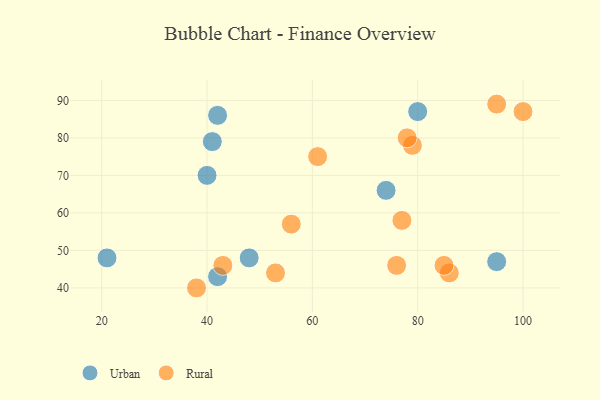
{"axis": {"x": "GDP", "y": "Life Expectancy"}, "legend": ["Rural", "Urban"], "data": [{"x": "48", "y": 48, "type": "Urban"}, {"x": "95", "y": 47, "type": "Urban"}, {"x": "40", "y": 70, "type": "Urban"}, {"x": "80", "y": 87, "type": "Urban"}, {"x": "21", "y": 48, "type": "Urban"}, {"x": "74", "y": 66, "type": "Urban"}, {"x": "41", "y": 79, "type": "Urban"}, {"x": "42", "y": 86, "type": "Urban"}, {"x": "42", "y": 43, "type": "Urban"}, {"x": "61", "y": 75, "type": "Rural"}, {"x": "79", "y": 78, "type": "Rural"}, {"x": "56", "y": 57, "type": "Rural"}, {"x": "78", "y": 80, "type": "Rural"}, {"x": "53", "y": 44, "type": "Rural"}, {"x": "86", "y": 44, "type": "Rural"}, {"x": "76", "y": 46, "type": "Rural"}, {"x": "77", "y": 58, "type": "Rural"}, {"x": "95", "y": 89, "type": "Rural"}, {"x": "38", "y": 40, "type": "Rural"}, {"x": "100", "y": 87, "type": "Rural"}, {"x": "43", "y": 46, "type": "Rural"}, {"x": "85", "y": 46, "type": "Rural"}]}